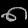
Digit: ၈